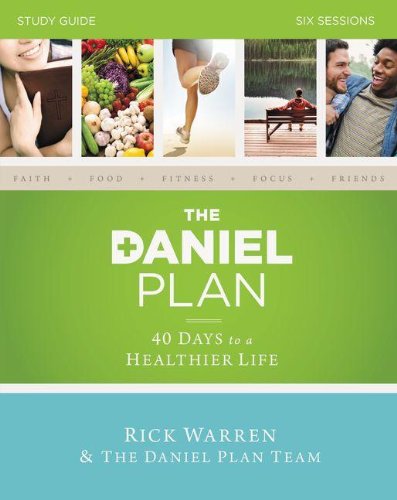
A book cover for The Daniel Plan Study Guide: 40 Days to a Healthier Life; Rick Warren; Christian Books & Bibles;